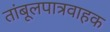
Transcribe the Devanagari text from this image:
तांबूलपात्रवाहक